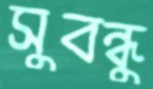
সুবন্ধু